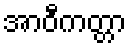
အာဝီကတ္တာ